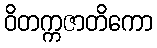
ဝိတက္ကဇာတိကော